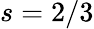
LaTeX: s=2/3